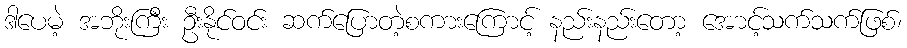
ဒါပေမဲ့ အဘိုးကြီး ဦးနိုင်ဝင်း ဆက်ပြောတဲ့စကားကြောင့် နည်းနည်းတော့ အောင့်သက်သက်ဖြစ်၊